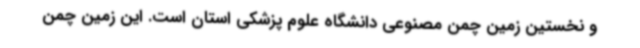
و نخستین زمین چمن مصنوعی دانشگاه علوم پزشکی استان است. این زمین چمن